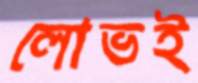
লোভই